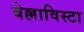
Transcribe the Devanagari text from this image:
बेल्लाविस्टा